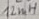
Text: 112mH